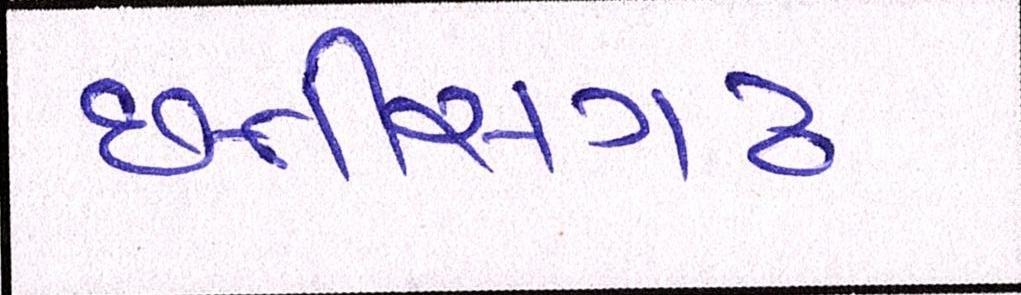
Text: છત્તીસગઢ